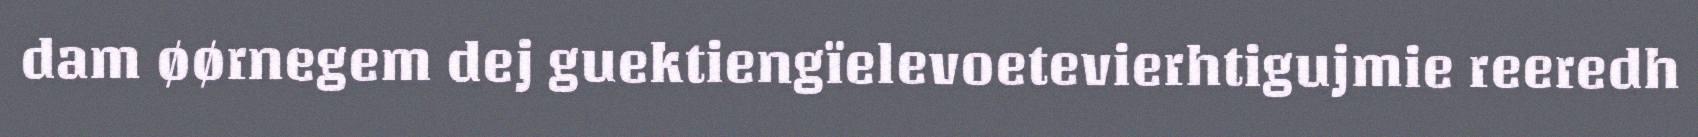
dam øørnegem dej guektiengïelevoetevierhtigujmie reeredh